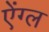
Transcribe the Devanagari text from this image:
ऐंग्ल